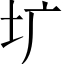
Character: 圹